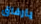
يارفاق